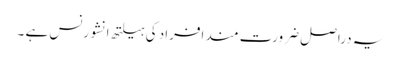
یہ دراصل ضرورت مند افراد کی ہیلتھ انشورنس ہے ۔